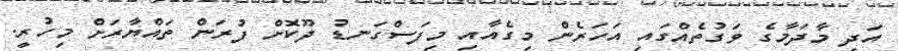
އަދި މާދަމާގެ ވަގުތެއްގައި އަހަރެން މިގެއާއި މިފަސްގަނޑު ދޫކޮށް ފުރަން ތައްޔާރަށް މިހުރީ.